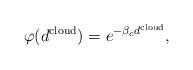
LaTeX: \begin{align*}\varphi(d^{\mathrm{cloud}})=e^{-\beta_c d^{\mathrm{cloud}}},\end{align*}